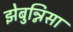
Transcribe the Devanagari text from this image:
झेबुन्निसा